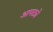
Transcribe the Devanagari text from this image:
आपट्ये